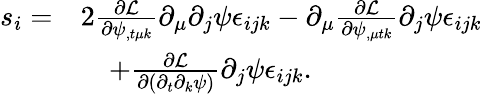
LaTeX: \begin{array}{rl}{s_{i}=}&{2\frac{\partial\mathcal L}{\partial\psi_{,t\mu k}}\partial_{\mu}\partial_{j}\psi\epsilon_{ijk}-\partial_{\mu}\frac{\partial\mathcal L}{\partial\psi_{,\mu tk}}\partial_{j}\psi\epsilon_{ijk}}\\ &{\quad+\frac{\partial\mathcal{L}}{\partial(\partial_{t}\partial_{k}\psi)}\partial_{j}\psi\epsilon_{ijk}.}\end{array}